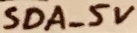
Text: SDA_5V